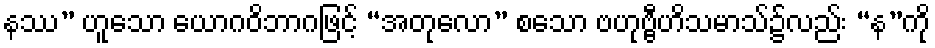
နဿ” ဟူသော ယောဂဝိဘာဂဖြင့် “အတုလော” စသော ဗဟုဗ္ဗီဟိသမာသ်၌လည်း “န”ကို